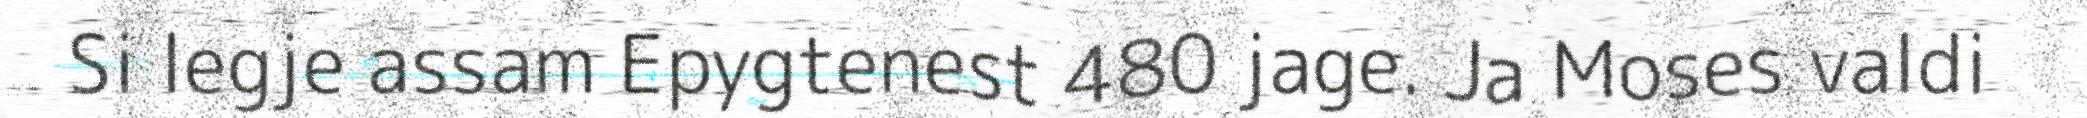
Si legje assam Epygtenest 480 jage. Ja Moses valdi